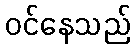
ဝင်နေသည်